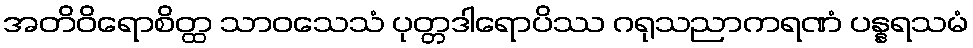
အတိဝိရောစိတ္ထ သာဝသေသံ ပုတ္တဒါရောပိဿ ဂရုသညာကရဏံ ပန္နရသမံ